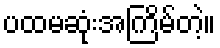
ပထမဆုံးအကြိမ်တဲ့။